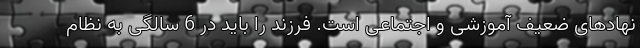
نهادهای ضعیف آموزشی و اجتماعی است. فرزند را باید در 6 سالگی به نظام